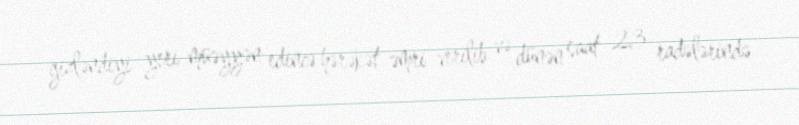
gizləndiyi yeri müəyyən edincə hərəkət əmri verilib və dünən saat 23 radələrində